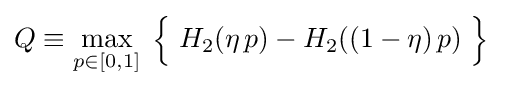
Q\equiv \max _{p\in [0,1]}\;{\Big \{}\;H_{2}(\eta \,p)-H_{2}((1-\eta )\,p)\;{\Big \}}\;